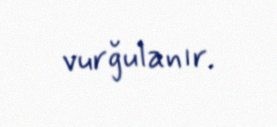
vurğulanır.